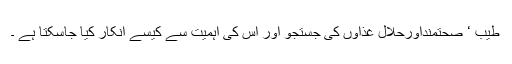
طیب ‘ صحتمنداورحلال غذاوں کی جستجو اور اس کی اہمیت سے کیسے انکار کیا جاسکتا ہے ۔